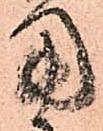
用